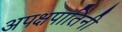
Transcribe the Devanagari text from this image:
अपक्षपातिनी